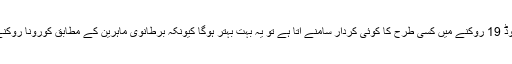
ماہرین کے مطابق اگر دونوں ادویہ کووڈ 19 روکنے میں کسی طرح کا کوئی کردار سامنے آتا ہے تو یہ بہت بہتر ہوگا کیونکہ برطانوی ماہرین کے مطابق کورونا روکنے کے لیے ویکسین ابھی بہت دور ہے۔